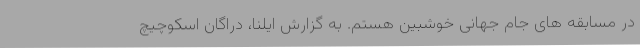
در مسابقه های جام جهانی خوشبین هستم. به گزارش ایلنا، دراگان اسکوچیچ